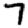
Digit: 7